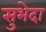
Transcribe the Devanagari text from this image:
सुभेदा